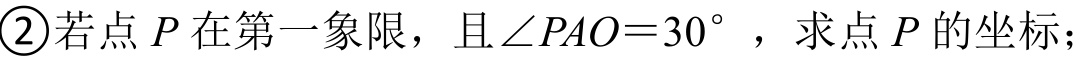
\textcircled{2}若点\(P\)在第一象限，且\(\angle PAO = 30^{\circ}\)，求点\(P\)的坐标；